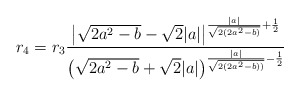
\begin{align*}r_4 = r_3\frac{\big|\sqrt{2a^2-b}-\sqrt{2}|a|\big|^{\frac{|a|}{\sqrt{2(2a^2-b)}}+\frac{1}{2}}}{\big(\sqrt{2a^2-b}+\sqrt{2}|a|\big)^{\frac{|a|}{\sqrt{2(2a^2-b))}}-\frac{1}{2}}}\end{align*}